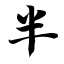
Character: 半